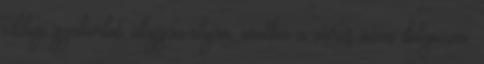
eddigi gyakorlat alapján olyan, mintha a város azon dolgozna,